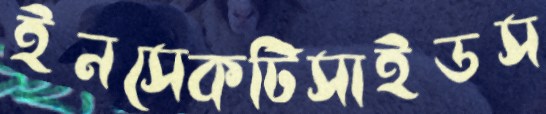
ইনসেকটিসাইডস